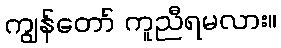
ကျွန်တော် ကူညီရမလား။